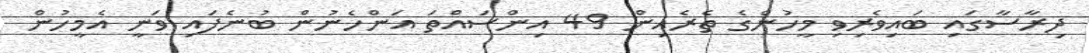
ދިރާސާގައި ބައިވެރިވި މީހުންގެ ތެރެއިން 49 އިންސައްތަ އަންހެނުން ބުނެފައި ވަނީ އެމީހުން